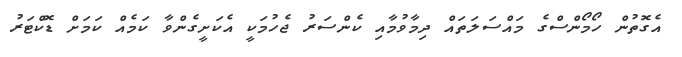
އެގޮތުން ހޯމޯންސްގެ މައްސަލަތައް ދިމާވުމާއި ކެންސަރު ޖެހުމަކީ އެކަށީގެންވާ ކަމެއް ކަމަށް ޑޮކްޓަރު